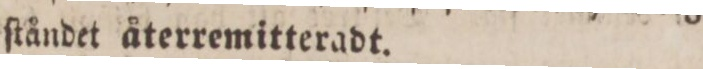
ſtåndet återremitteradt.